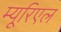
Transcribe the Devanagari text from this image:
म्यूरिएल